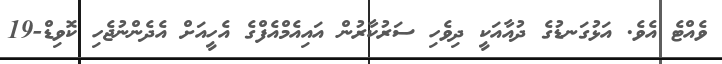
ވެއްޓެ އެވެ. އަޅުގަނޑުގެ ދުއާއަކީ ދިވެހި ސަރުކާރުން އައިއެމްއެފްގެ އެހީއަށް އެދެންނުޖެހި ކޮވިޑް-19